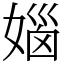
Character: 㛴